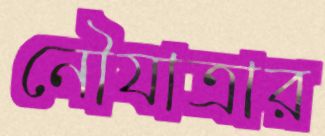
নৌযাত্রার